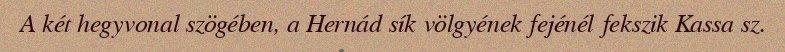
A két hegyvonal szögében, a Hernád sík völgyének fejénél fekszik Kassa sz.